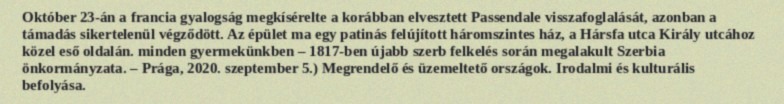
Október 23-án a francia gyalogság megkísérelte a korábban elvesztett Passendale visszafoglalását, azonban a támadás sikertelenül végződött. Az épület ma egy patinás felújított háromszintes ház, a Hársfa utca Király utcához közel eső oldalán. minden gyermekünkben – 1817-ben újabb szerb felkelés során megalakult Szerbia önkormányzata. – Prága, 2020. szeptember 5.) Megrendelő és üzemeltető országok. Irodalmi és kulturális befolyása.